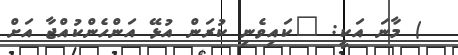
) މާނަ އަކީ: "ކައިވެނި ކުރަން އުޅޭ އަންހެންކުއްޖާ އަށް